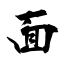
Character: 面